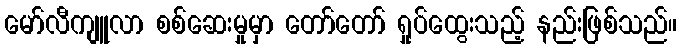
မော်လီကျူလာ စစ်ဆေးမှုမှာ တော်တော် ရှုပ်ထွေးသည့် နည်းဖြစ်သည်။